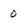
Character: 0